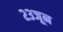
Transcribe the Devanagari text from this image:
२३जून